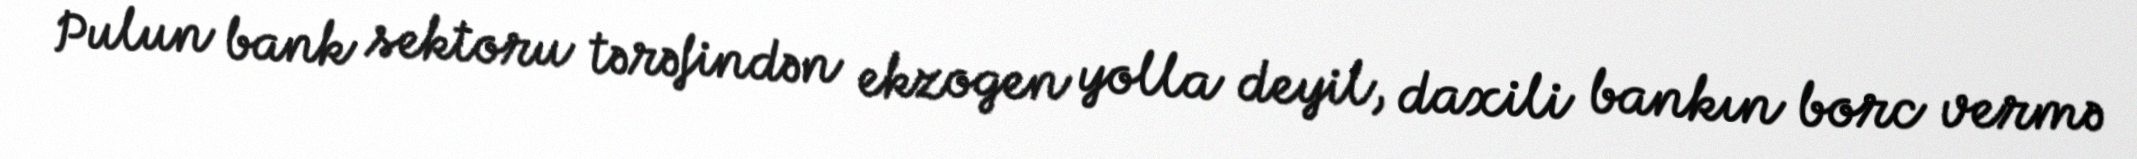
Pulun bank sektoru tərəfindən ekzogen yolla deyil, daxili bankın borc vermə